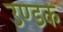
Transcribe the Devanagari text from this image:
उण्डक